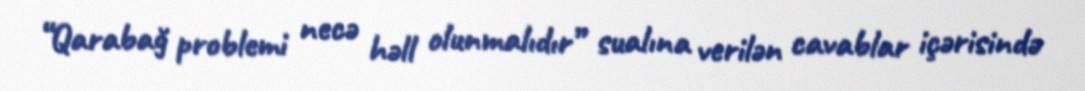
“Qarabağ problemi necə həll olunmalıdır” sualına verilən cavablar içərisində